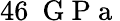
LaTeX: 46~\mathrm{~G~P~a~}